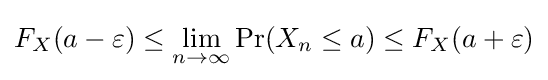
F_{X}(a-\varepsilon )\leq \lim _{n\to \infty }\operatorname {Pr} (X_{n}\leq a)\leq F_{X}(a+\varepsilon )